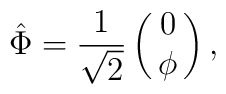
\hat{\Phi}={\frac{1}{\sqrt{2}}}\pmatrix{0\cr\phi},